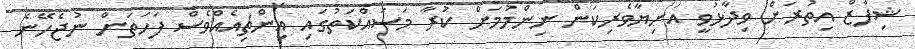
ޝިފާޒް އިތުރަށް ވިދާޅުވީ އަނިޔާވެރިކަން ނިންމުމަށް ކުރާ މަސައްކަތުގައި އިންޗިއެއްްވެސް ފަހަތަށް ނުޖެހޭނެ